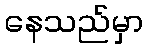
နေသည်မှာ